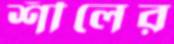
শীলের